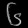
Digit: ၆